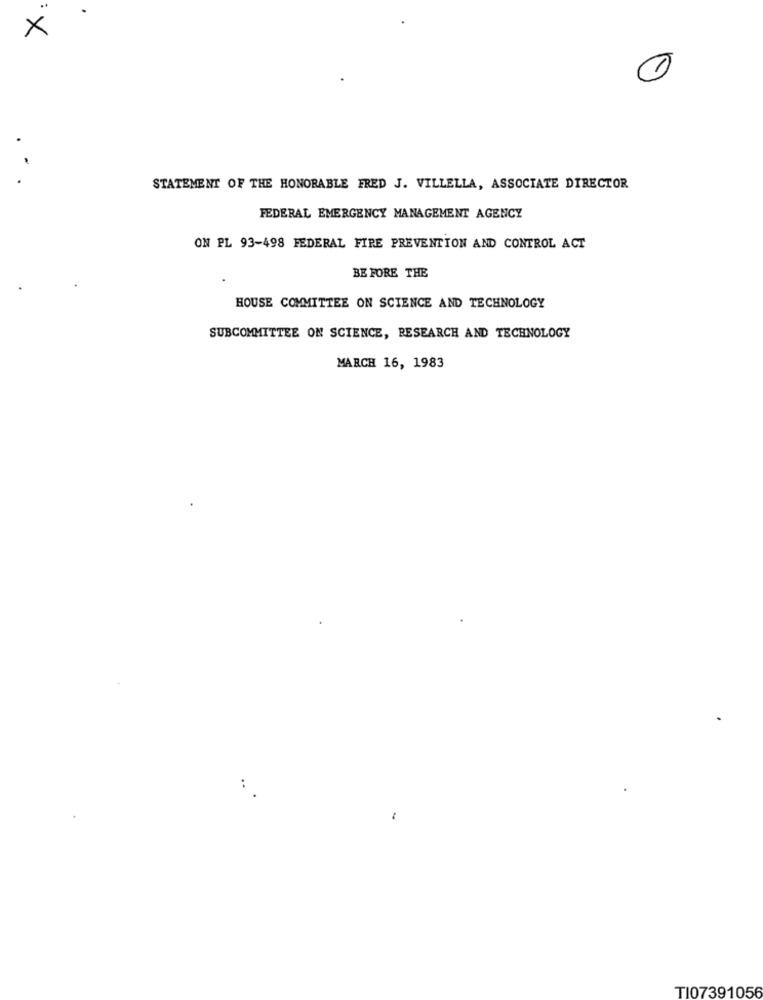
.
X
STATEMENT OF THE HONORABLE FRED J. VILLELLA, ASSOCIATE DIRECTOR
FEDERAL EMERGENCY MANAGEMENT AGENCY
ON PL 93-498 FEDERAL FIRE PREVENTION AND CONTROL ACT
BEFORE THE
HOUSE COMMITTEE ON SCIENCE AND TECHNOLOGY
SUBCOMMITTEE ON SCIENCE, RESEARCH AND TECHNOLOGY
MARCH 16, 1983
TI07391056